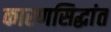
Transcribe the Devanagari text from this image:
कारणसिद्धांत